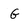
Character: G